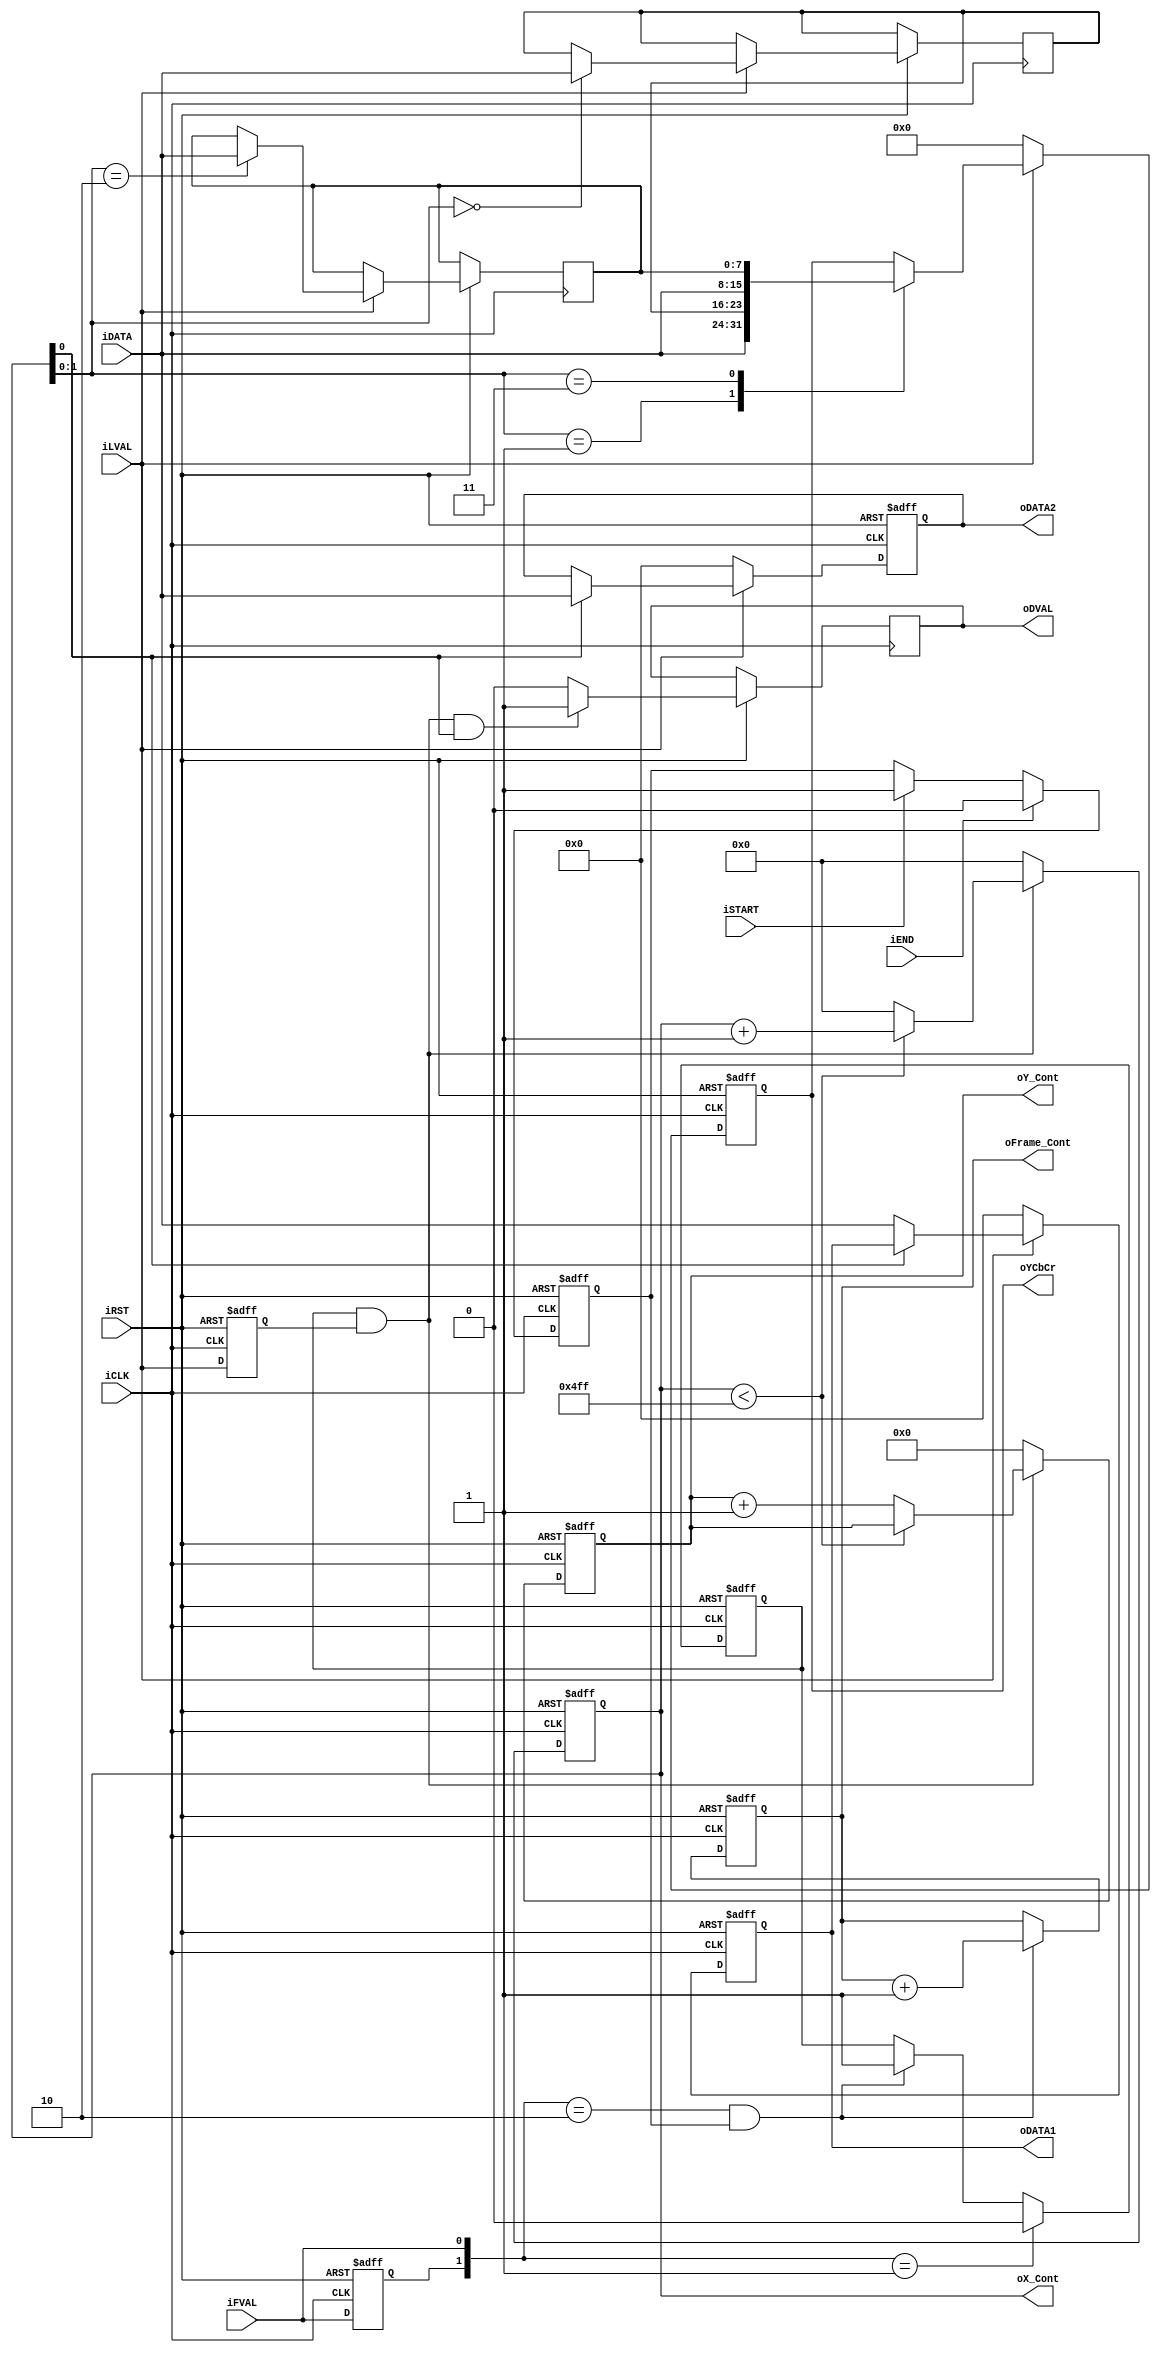
//==========================================================
// Copyright (c) 2014 by Cuong-TV
//==========================================================
// Project  : Video and Image Processing Design Using FPGAs
//==========================================================
// Description

// Revision History :
// --------+----------------+-----------+--------------------------------+
//   Ver   | Author         | Mod. Date | Changes Made:					 |
// --------+----------------+-----------+--------------------------------+
//   V1.0  | Cuong-TV       | 2014/11/1 | Initial Revision               |
// --------+----------------+-----------+--------------------------------+
module CCD_Capture(	
					oYCbCr,
					oDATA1,
					oDATA2,
					oDVAL,
					oX_Cont,
					oY_Cont,
					oFrame_Cont,
				//	oPIXCLK,
					iDATA,
					iFVAL,
					iLVAL,
					iSTART,
					iEND,
					iCLK,
					iRST	);
output	[15:0] oYCbCr;
reg 		[15:0]	YCbCr;
reg		[7:0]		Cb;
reg		[7:0]		Cr;
assign	oYCbCr	=	YCbCr;					
input	[7:0]	iDATA;
input			iFVAL;
input			iLVAL;
input			iSTART;
input			iEND;
input			iCLK;
input			iRST;
output	[7:0]	oDATA1;
output	[7:0]	oDATA2;
//output  oPIXCLK;
output	[10:0]	oX_Cont;
output	[9:0]	oY_Cont;
output	[31:0]	oFrame_Cont;
output			oDVAL;
reg				Pre_FVAL;
reg				mCCD_FVAL;
reg				mCCD_LVAL;
reg		[7:0]	mCCD_DATA1;
reg		[7:0]	mCCD_DATA2;
//reg   PIXCLK;
reg		[10:0]	X_Cont;
reg		[9:0]	Y_Cont;
reg		[31:0]	Frame_Cont;
reg				mSTART;

assign	oX_Cont		=	X_Cont;
assign	oY_Cont		=	Y_Cont;
assign	oFrame_Cont	=	Frame_Cont;
assign	oDATA1		=	mCCD_DATA1;
assign	oDATA2		=	mCCD_DATA2;
//assign  oPIXCLK = PIXCLK;
reg DVAL;
assign	oDVAL = DVAL;
//assign	oDVAL		=	mCCD_FVAL&mCCD_LVAL&X_Cont[0];


always@(posedge iCLK or negedge iRST)
begin
	if(!iRST)
	mSTART	<=	0;
	else
	begin
		if(iSTART)
		mSTART	<=	1;
		if(iEND)
		mSTART	<=	0;		
	end
end

always@(posedge iCLK or negedge iRST)
begin
	if(!iRST)
	begin
		Pre_FVAL	<=	0;
		mCCD_FVAL	<=	0;
		mCCD_LVAL	<=	0;
		X_Cont		<=	0;
		Y_Cont		<=	0;
	end
	else
	begin
		Pre_FVAL	<=	iFVAL;
		if({Pre_FVAL,iFVAL}==2'b01)
		mCCD_FVAL	<=	0;
		else if(({Pre_FVAL,iFVAL}==2'b10)&& mSTART)
		mCCD_FVAL	<=	1;		
		///////////////////////////////////////
		mCCD_LVAL	<=	iLVAL;
		
		if(mCCD_FVAL && mCCD_LVAL)
		begin
			if(X_Cont<1279)
				X_Cont	<=	X_Cont+1;
				else
				begin
					X_Cont	<=	0;
					Y_Cont	<=	Y_Cont+1;
				end
		end
		else
		begin
			X_Cont	<=	0;
			Y_Cont	<=	0;
		end 
		// check valid
		///*
		if(mCCD_FVAL && mCCD_LVAL && X_Cont[0])
			DVAL <= 1'b1;
		else
			DVAL <= 1'b0;
			//l*/
	end
end

always@(posedge iCLK or negedge iRST)
begin
	if(!iRST)
	Frame_Cont	<=	0;
	else
	begin
		if( ({Pre_FVAL,iFVAL}==2'b10) && mSTART )
		Frame_Cont	<=	Frame_Cont+1;
	end
end


always@(posedge iCLK or negedge iRST)
begin
	if(!iRST)
	begin
		mCCD_DATA1	<=	0;
		mCCD_DATA2	<=	0;
		YCbCr			<= 0;
	end
	else if(iLVAL) 
		begin
		 
			if(!X_Cont[0])
				mCCD_DATA1	<=	iDATA;
			else if(X_Cont[0])
				mCCD_DATA2	<=	iDATA;
	 
		
		case(X_Cont[1:0])		//	Normal
			0:	Cb		<=	 iDATA;
			1:	YCbCr	<=	{iDATA,Cb};
			2:	Cr		<=	 iDATA;
			3:	YCbCr	<=	{iDATA,Cr};
		endcase
		
		end
	else
		begin
			YCbCr			<= 16'h0000;
			mCCD_DATA1	<=	0;
			mCCD_DATA2	<=	0;
		end
end	

/*
always@(posedge iCLK or negedge iRST)
begin

		if(!iRST)
		PIXCLK <= 1;
	else
		PIXCLK <= ~PIXCLK;
end
*/
endmodule